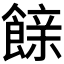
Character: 𮩇